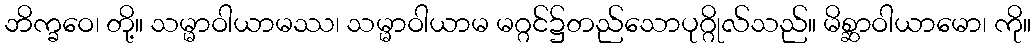
ဘိက္ခဝေ၊ တို့။ သမ္မာဝါယာမဿ၊ သမ္မာဝါယာမ မဂ္ဂင်၌တည်သောပုဂ္ဂိုလ်သည်။ မိစ္ဆာဝါယာမော၊ ကို။